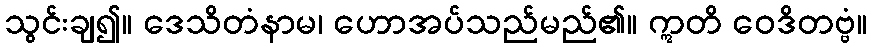
သွင်းချ၍။ ဒေသိတံနာမ၊ ဟောအပ်သည်မည်၏။ ဣတိ ဝေဒိတဗ္ဗံ။